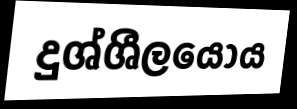
දුශ්ශීලයෝය